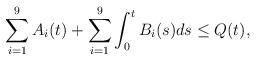
LaTeX: \begin{align*} \sum_{i=1}^9A_i(t)+\sum_{i=1}^9\int_0^tB_i(s)ds\leq Q(t),\end{align*}